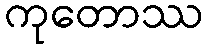
ကုတောဿ